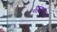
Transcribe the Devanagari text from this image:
मांगराज